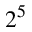
2 ^ { 5 }